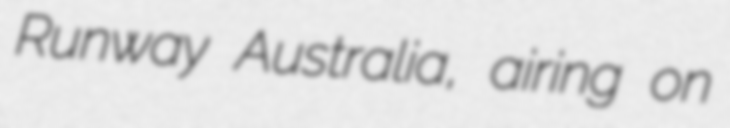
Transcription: Runway Australia, airing on